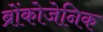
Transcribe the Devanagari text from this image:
ब्रोंकोजेनिक